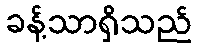
ခန့်သာရှိသည်